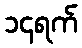
၁၄ရက်